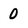
Character: 0